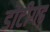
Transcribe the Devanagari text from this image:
डोटीगढ़